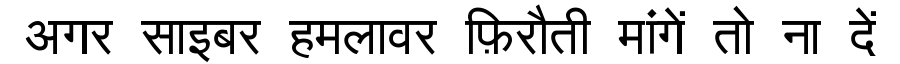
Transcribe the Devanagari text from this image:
अगर साइबर हमलावर फ़िरौती मांगें तो ना दें